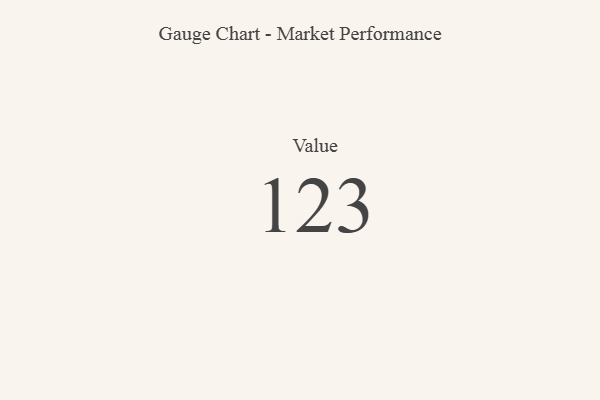
{"axis": {"x": "Metric", "y": "Value"}, "legend": [""], "data": [{"x": "Value", "y": 123, "type": ""}]}